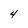
Character: 4